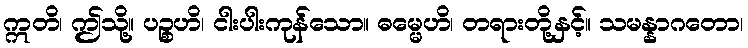
ဣတိ၊ ဤသို့။ ပဉ္စဟိ၊ ငါးပါးကုန်သော။ ဓမ္မေဟိ၊ တရားတို့နှင့်။ သမန္နာဂတော၊